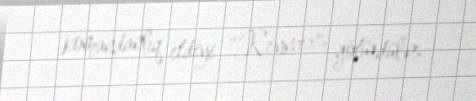
komandanlıq etdiyi "Reyncer"i götürdülər.